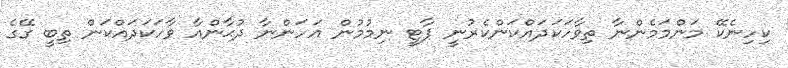
ކިހިނެކޭ މަންމަމެންނާ ތިވާހަކަދައްކަންކެރުނީ ޕާޓީ ނިމުމުން އަހަންނާ ދުޙާންއާ ވާހަކަދައްކަން ތިބީ ގޭގެ